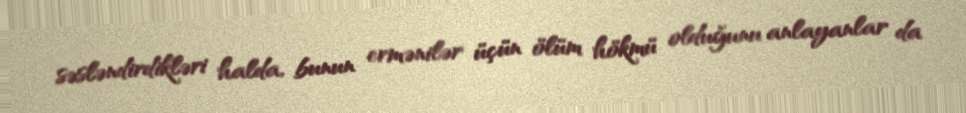
səsləndirdikləri halda, bunun ermənilər üçün ölüm hökmü olduğunu anlayanlar da